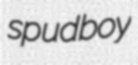
spudboy